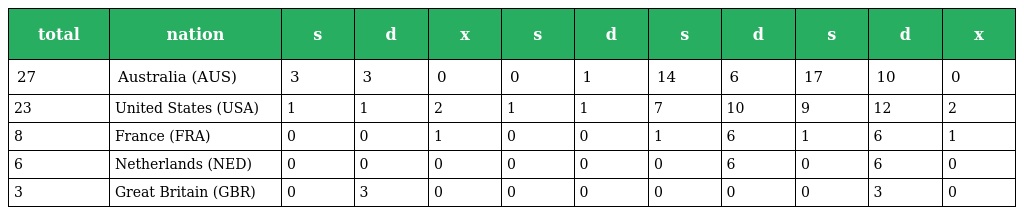
| total | nation | s | d | x | s | d | s | d | s | d | x |
 | --- | --- | --- | --- | --- | --- | --- | --- | --- | --- | --- | --- |
 | 27 | Australia (AUS) | 3 | 3 | 0 | 0 | 1 | 14 | 6 | 17 | 10 | 0 |
 | 23 | United States (USA) | 1 | 1 | 2 | 1 | 1 | 7 | 10 | 9 | 12 | 2 |
 | 8 | France (FRA) | 0 | 0 | 1 | 0 | 0 | 1 | 6 | 1 | 6 | 1 |
 | 6 | Netherlands (NED) | 0 | 0 | 0 | 0 | 0 | 0 | 6 | 0 | 6 | 0 |
 | 3 | Great Britain (GBR) | 0 | 3 | 0 | 0 | 0 | 0 | 0 | 0 | 3 | 0 |